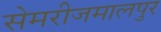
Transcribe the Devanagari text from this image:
सेमरीजमालपुर